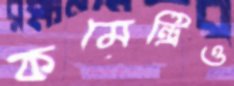
কমেন্ট্রিও